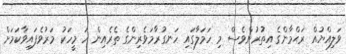
ވަލިއްޔުއް ރަޙްމާންގެ އިތުރުންވެސް މި ހަމަލާގައި ހަނގުރާމަވެރިންގެ ތެރެއިން ހަ މީހަކު މަރުވެފައިވާކަމަށް